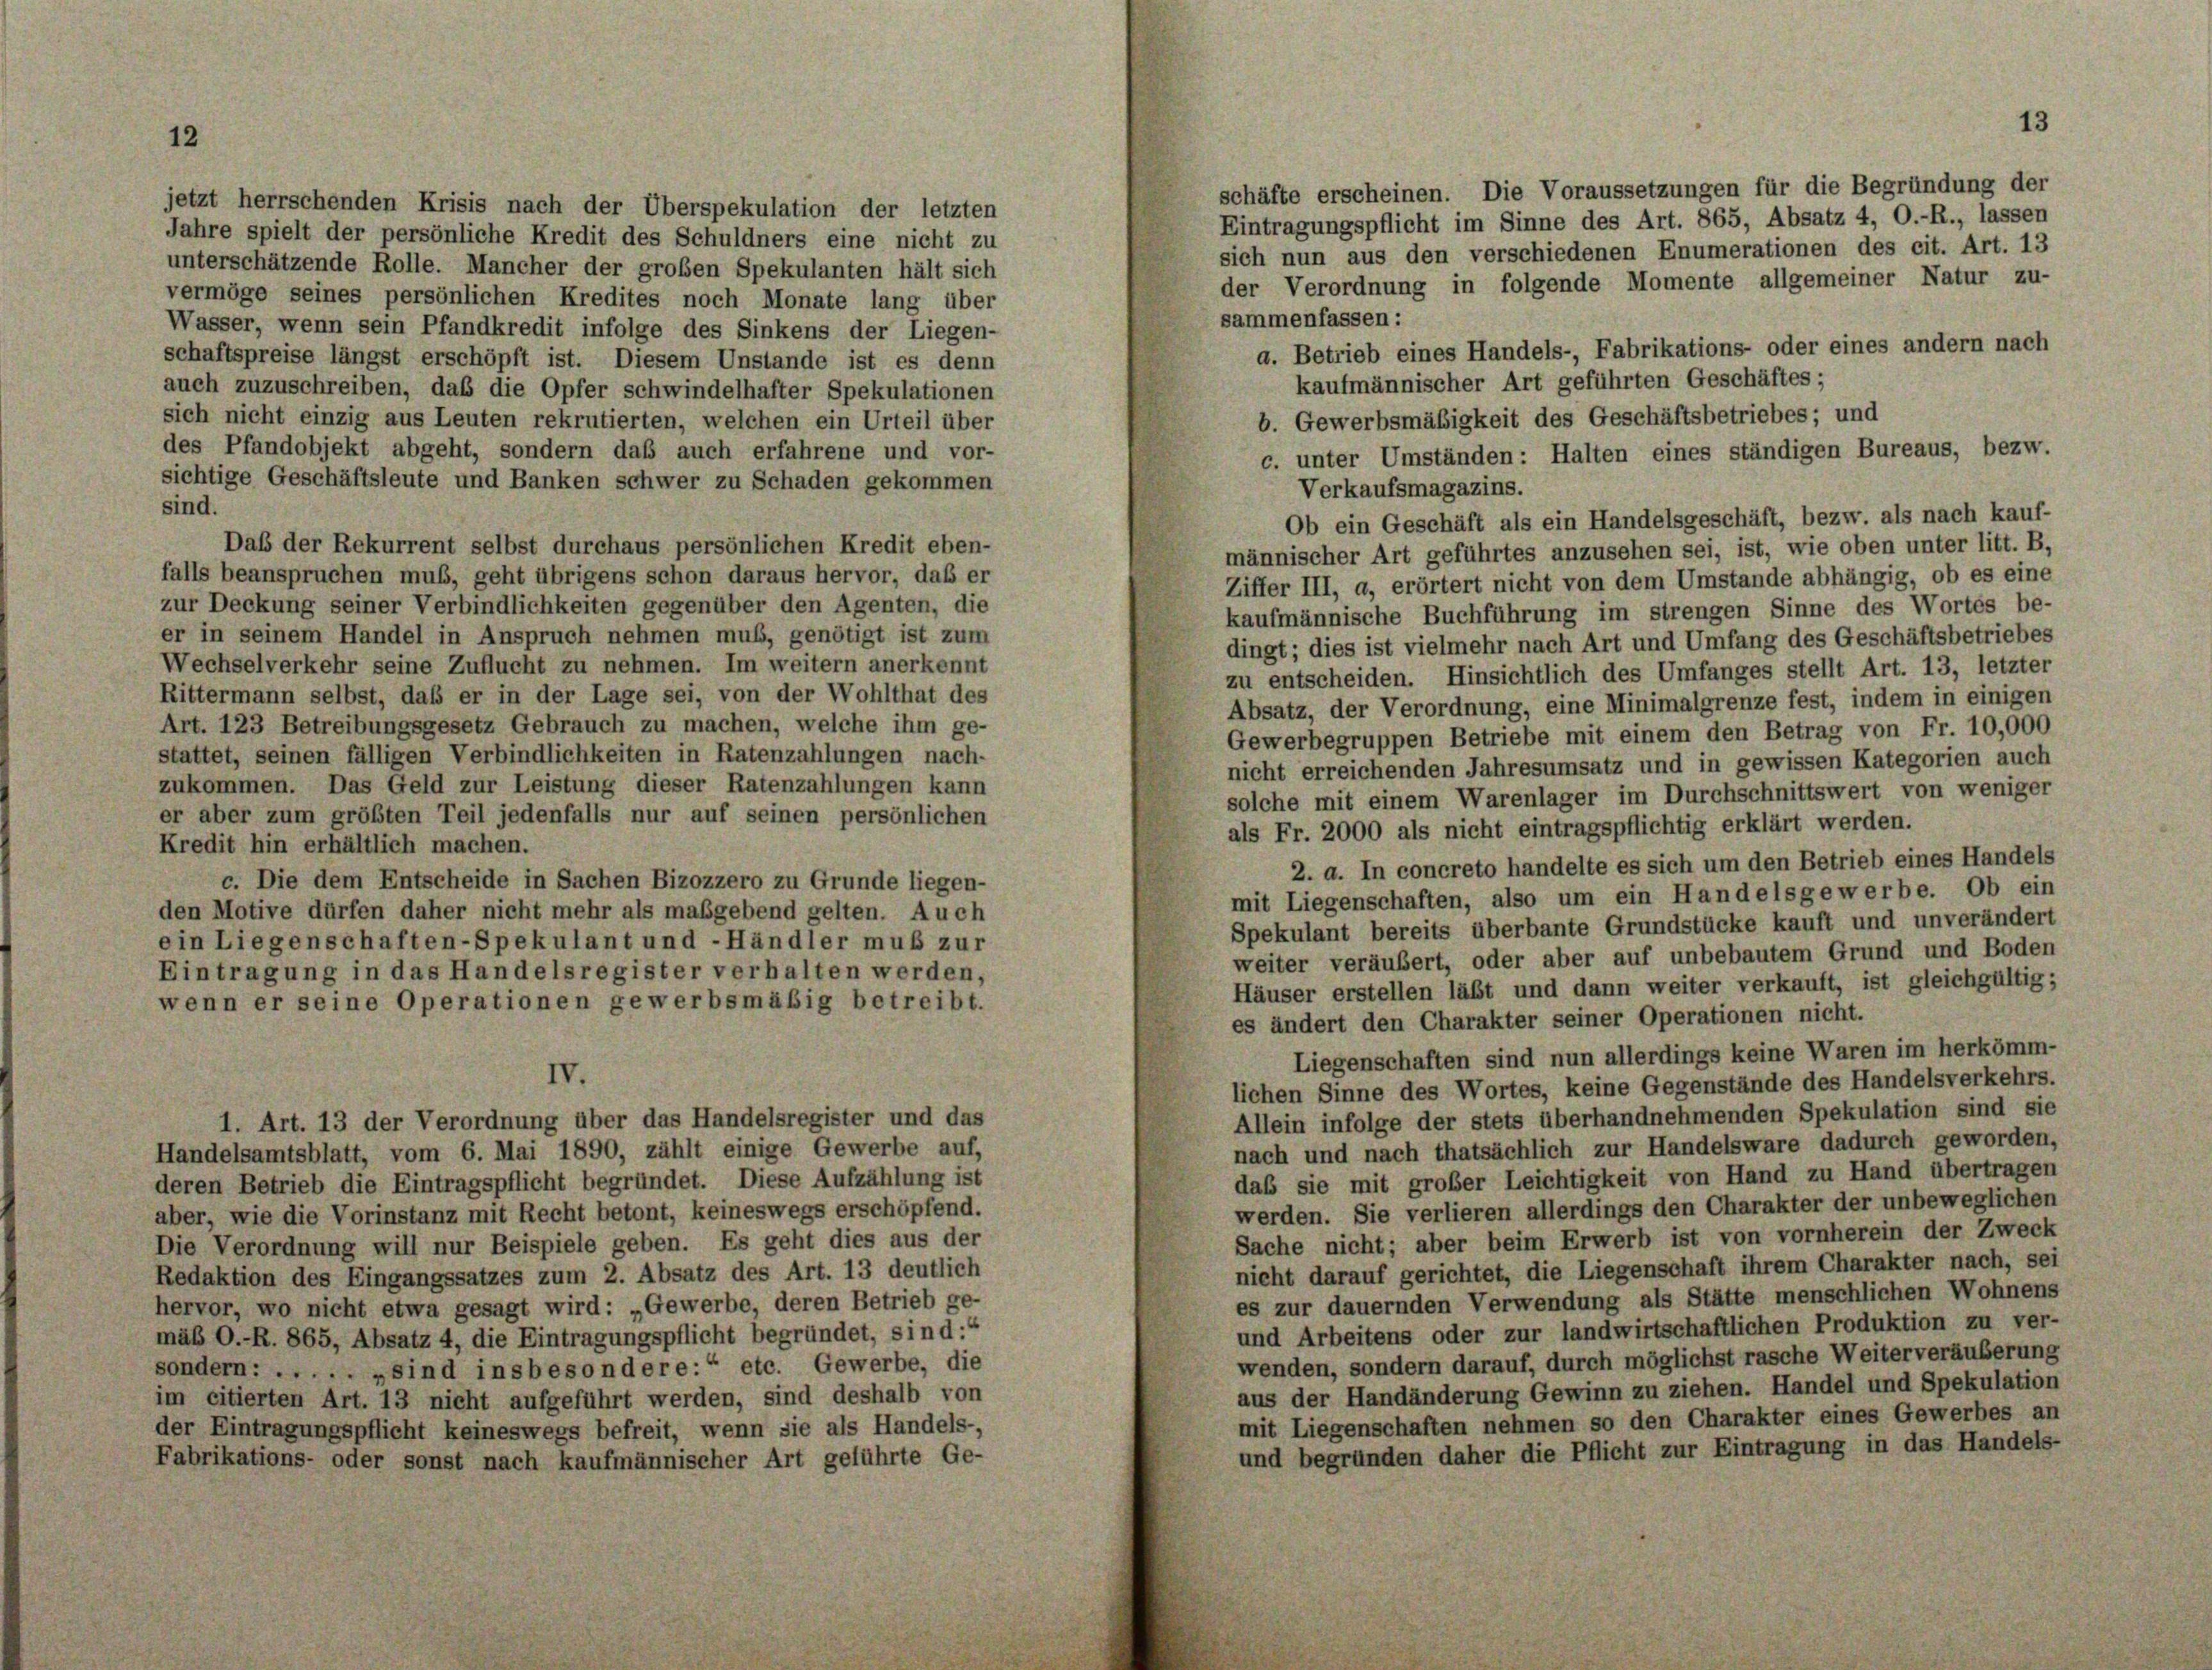
12

jetzt herrschenden Krisis nach der Überspekulation der letzten

13

schäfte erscheinen. Die Voraussetzungen für die Begründung der
Eintragungspflicht im Sinne des Art. 865, Absatz 4, O.-R., lassen
Jahre spielt der persönliche Kredit des Schuldners eine nicht zu
sich nun aus den verschiedenen Enumerationen des cit. Art. 13
unterschätzende Rolle. Mancher der großen Spekulanten hält sich
der Verordnung in folgende Momente allgemeiner Natur zu-
vermöge seines persönlichen Kredites noch Monate lang über
sammenfassen:
Wasser, wenn sein Pfandkredit infolge des Sinkens der Liegen-
a. Betrieb eines Handels-, Fabrikations- oder eines andern nach
schaftspreise längst erschöpft ist. Diesem Unstande ist es denn
kaufmännischer Art geführten Geschäftes;
auch zuzuschreiben, daß die Opfer schwindelhafter Spekulationen
b. Gewerbsmäßigkeit des Geschäftsbetriebes; und
sich nicht einzig aus Leuten rekrutierten, welchen ein Urteil über
des Pfandobjekt abgeht, sondern daß auch erfahrene und vor-
c. unter Umständen: Halten eines ständigen Bureaus, bezw.
sichtige Geschäftsleute und Banken schwer zu Schaden gekommen
Verkaufsmagazins.
sind.
Ob ein Geschäft als ein Handelsgeschäft, bezw. als nach kauf-
Daß der Rekurrent selbst durchaus persönlichen Kredit eben-
männischer Art geführtes anzusehen sei, ist, wie oben unter litt. B,
falls beanspruchen muß, geht übrigens schon daraus hervor, daß er
Ziffer III, a, erörtert nicht von dem Umstände abhängig, ob es eine
zur Deckung seiner Verbindlichkeiten gegenüber den Agenten, die
kaufmännische Buchführung im strengen Sinne des Wortes be-
er in seinem Handel in Anspruch nehmen muß, genötigt ist zum
dingt; dies ist vielmehr nach Art und Umfang des Geschäftsbetriebes
Wechselverkehr seine Zuflucht zu nehmen. Im weitern anerkennt
zu entscheiden. Hinsichtlich des Umfanges stellt Art. 13, letzter
Rittermann selbst, daß er in der Lage sei, von der Wohlthat des
Absatz, der Verordnung, eine Minimalgrenze fest, indem in einigen
Art. 123 Betreibungsgesetz Gebrauch zu machen, welche ihm ge-
Gewerbegruppen Betriebe mit einem den Betrag von Fr. 10,000
stattet, seinen fälligen Verbindlichkeiten in Ratenzahlungen nach-
nicht erreichenden Jahresumsatz und in gewissen Kategorien auch
zukommen. Das Geld zur Leistung dieser Ratenzahlungen kann
solche mit einem Warenlager im Durchschnittswert von weniger
er aber zum größten Teil jedenfalls nur auf seinen persönlichen
als Fr. 2000 als nicht eintragspflichtig erklärt werden.
Kredit hin erhältlich machen.
2. a. In concreto handelte es sich um den Betrieb eines Handels
c. Die dem Entscheide in Sachen Bizozzero zu Grunde liegen-
mit Liegenschaften, also um ein Handelsgewerbe. Ob ein
den Motive dürfen daher nicht mehr als maßgebend gelten. Auch
Spekulant bereits überbante Grundstücke kauft und unverändert
ein Liegenschaften-Spekulant und -Händler muß zur
weiter veräußert, oder aber auf unbebautem Grund und Boden
Eintragung in das Handelsregister verhalten werden,
Häuser erstellen läßt und dann weiter verkauft, ist gleichgültig;
wenn er seine Operationen gewerbsmäßig betreibt.
es ändert den Charakter seiner Operationen nicht.
Liegenschaften sind nun allerdings keine Waren im herkömm-
IV.
lichen Sinne des Wortes, keine Gegenstände des Handelsverkehrs.
Allein infolge der stets überhandnehmenden Spekulation sind sie
1. Art. 13 der Verordnung über das Handelsregister und das
nach und nach thatsächlich zur Handelsware dadurch geworden,
Handelsamtsblatt, vom 6. Mai 1890, zählt einige Gewerbe auf,
daß sie mit großer Leichtigkeit von Hand zu Hand übertragen
deren Betrieb die Eintragspflicht begründet. Diese Aufzählung ist
werden. Sie verlieren allerdings den Charakter der unbeweglichen
aber, wie die Vorinstanz mit Recht betont, keineswegs erschöpfend.
Sache nicht; aber beim Erwerb ist von vornherein der Zweck
Die Verordnung will nur Beispiele geben. Es geht dies aus der
nicht darauf gerichtet, die Liegenschaft ihrem Charakter nach, sei
Redaktion des Eingangssatzes zum 2. Absatz des Art. 13 deutlich
es zur dauernden Verwendung als Stätte menschlichen Wohnens
hervor, wo nicht etwa gesagt wird: „Gewerbe, deren Betrieb ge-
und Arbeitens oder zur landwirtschaftlichen Produktion zu ver-
mäß O.-R. 865, Absatz 4, die Eintragungspflicht begründet, sind:“
wenden, sondern darauf, durch möglichst rasche Weiterveräußerung
sondern: . . . . . „sind insbesondere:“ etc. Gewerbe, die
aus der Handänderung Gewinn zu ziehen. Handel und Spekulation
im citierten Art. 13 nicht aufgeführt werden, sind deshalb von
mit Liegenschaften nehmen so den Charakter eines Gewerbes an
der Eintragungspflicht keineswegs befreit, wenn sie als Handels-,
und begründen daher die Pflicht zur Eintragung in das Handels-
Fabrikations- oder sonst nach kaufmännischer Art geführte Ge-